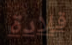
قلادة